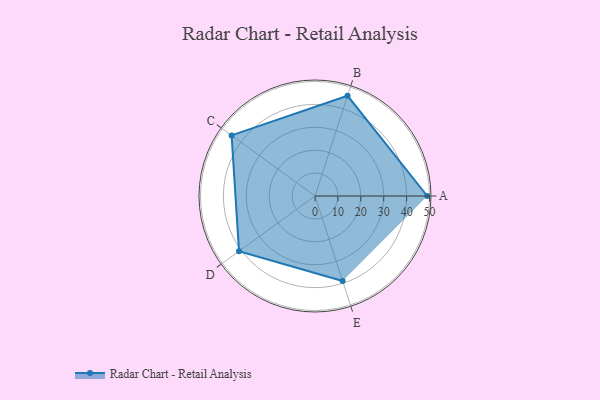
{"axis": {"x": "Skill", "y": "Score"}, "legend": ["Profile"], "data": [{"x": "A", "y": 49.0, "type": "Profile"}, {"x": "B", "y": 46.0, "type": "Profile"}, {"x": "C", "y": 45.0, "type": "Profile"}, {"x": "D", "y": 41.0, "type": "Profile"}, {"x": "E", "y": 39.0, "type": "Profile"}]}